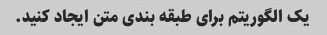
یک الگوریتم برای طبقه بندی متن ایجاد کنید.